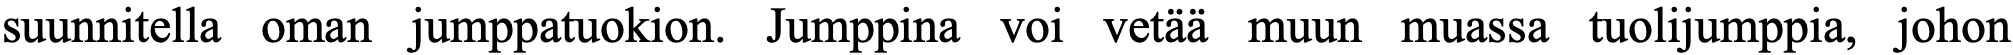
suunnitella oman jumppatuokion. Jumppina voi vetää muun muassa tuolijumppia, johon